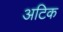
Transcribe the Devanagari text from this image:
अटिक